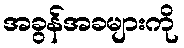
အခွန်အခများကို